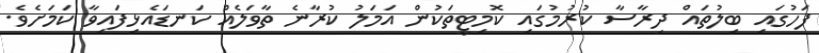
ފަހުގައި ބިލުތައް ދިރާސާ ކުރުމުގައި ކޮމިޓީތަކުން އަމަލު ކުރާނެ ތާވަލެއް ކަނޑައެޅިފައިވާ ކަމަށެވެ.